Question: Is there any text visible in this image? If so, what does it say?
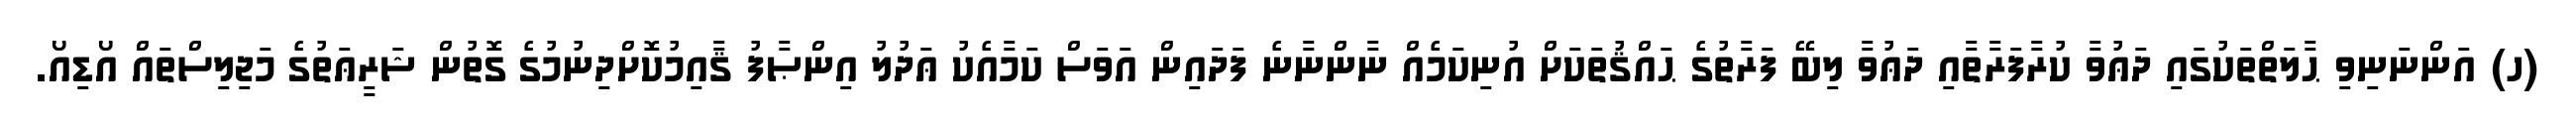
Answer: (ހ) އަންނަނިވި ޙާލަތްތަކުގައި ދަޢުވާ ކުރާފަރާތާއި ދަޢުވާ ލިބޭ ފަރާތުގެ ޙައްޤުތަކަށް އުނިކަމެއް ނާންނާނެ ފަދައިން އަވަސް ކަމާއެކު ޢަދުލު އިންޞާފު ޤާއިމުކޮށްދިނުމުގެ ގޮތުން ޝަރީޢަތުގެ މަޖިލިސްތައް އޯޑިއޯ.